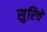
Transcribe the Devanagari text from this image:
सुरिचे